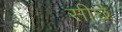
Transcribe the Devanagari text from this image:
सीछे